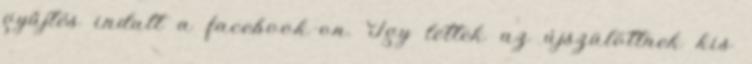
gyűjtés indult a facebook-on. Így lettek az újszülöttnek kis